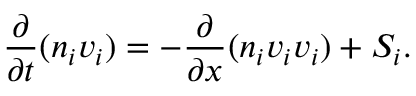
\frac { \partial } { \partial t } ( n _ { i } v _ { i } ) = - \frac { \partial } { \partial x } ( n _ { i } v _ { i } v _ { i } ) + S _ { i } .